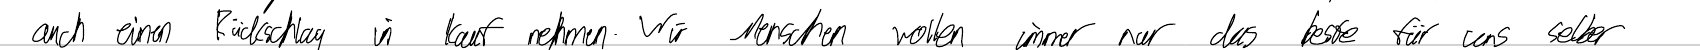
auch einen Rückschlag in Kauf nehmen. Wir Menschen wollen immer nur das beste für uns selber